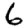
Digit: 6